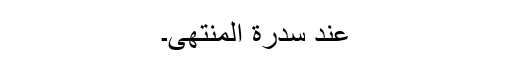
عِندَ سِدْرَةِ الْمُنْتَھَی۔